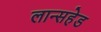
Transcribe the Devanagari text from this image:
लान्सहेड